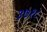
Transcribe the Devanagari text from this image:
३७१८